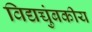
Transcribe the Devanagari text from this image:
विद्यच्चुंबकीय